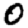
Digit: 0